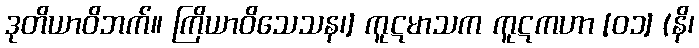
ဒုတိယာဝိဘက်။ ကြိယာဝိသေသန၊] ကူဋမာသက ကူဋကဟာ [၀၁] (နိ၊